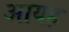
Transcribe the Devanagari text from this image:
आयह